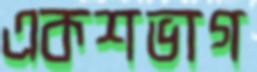
একশভাগ